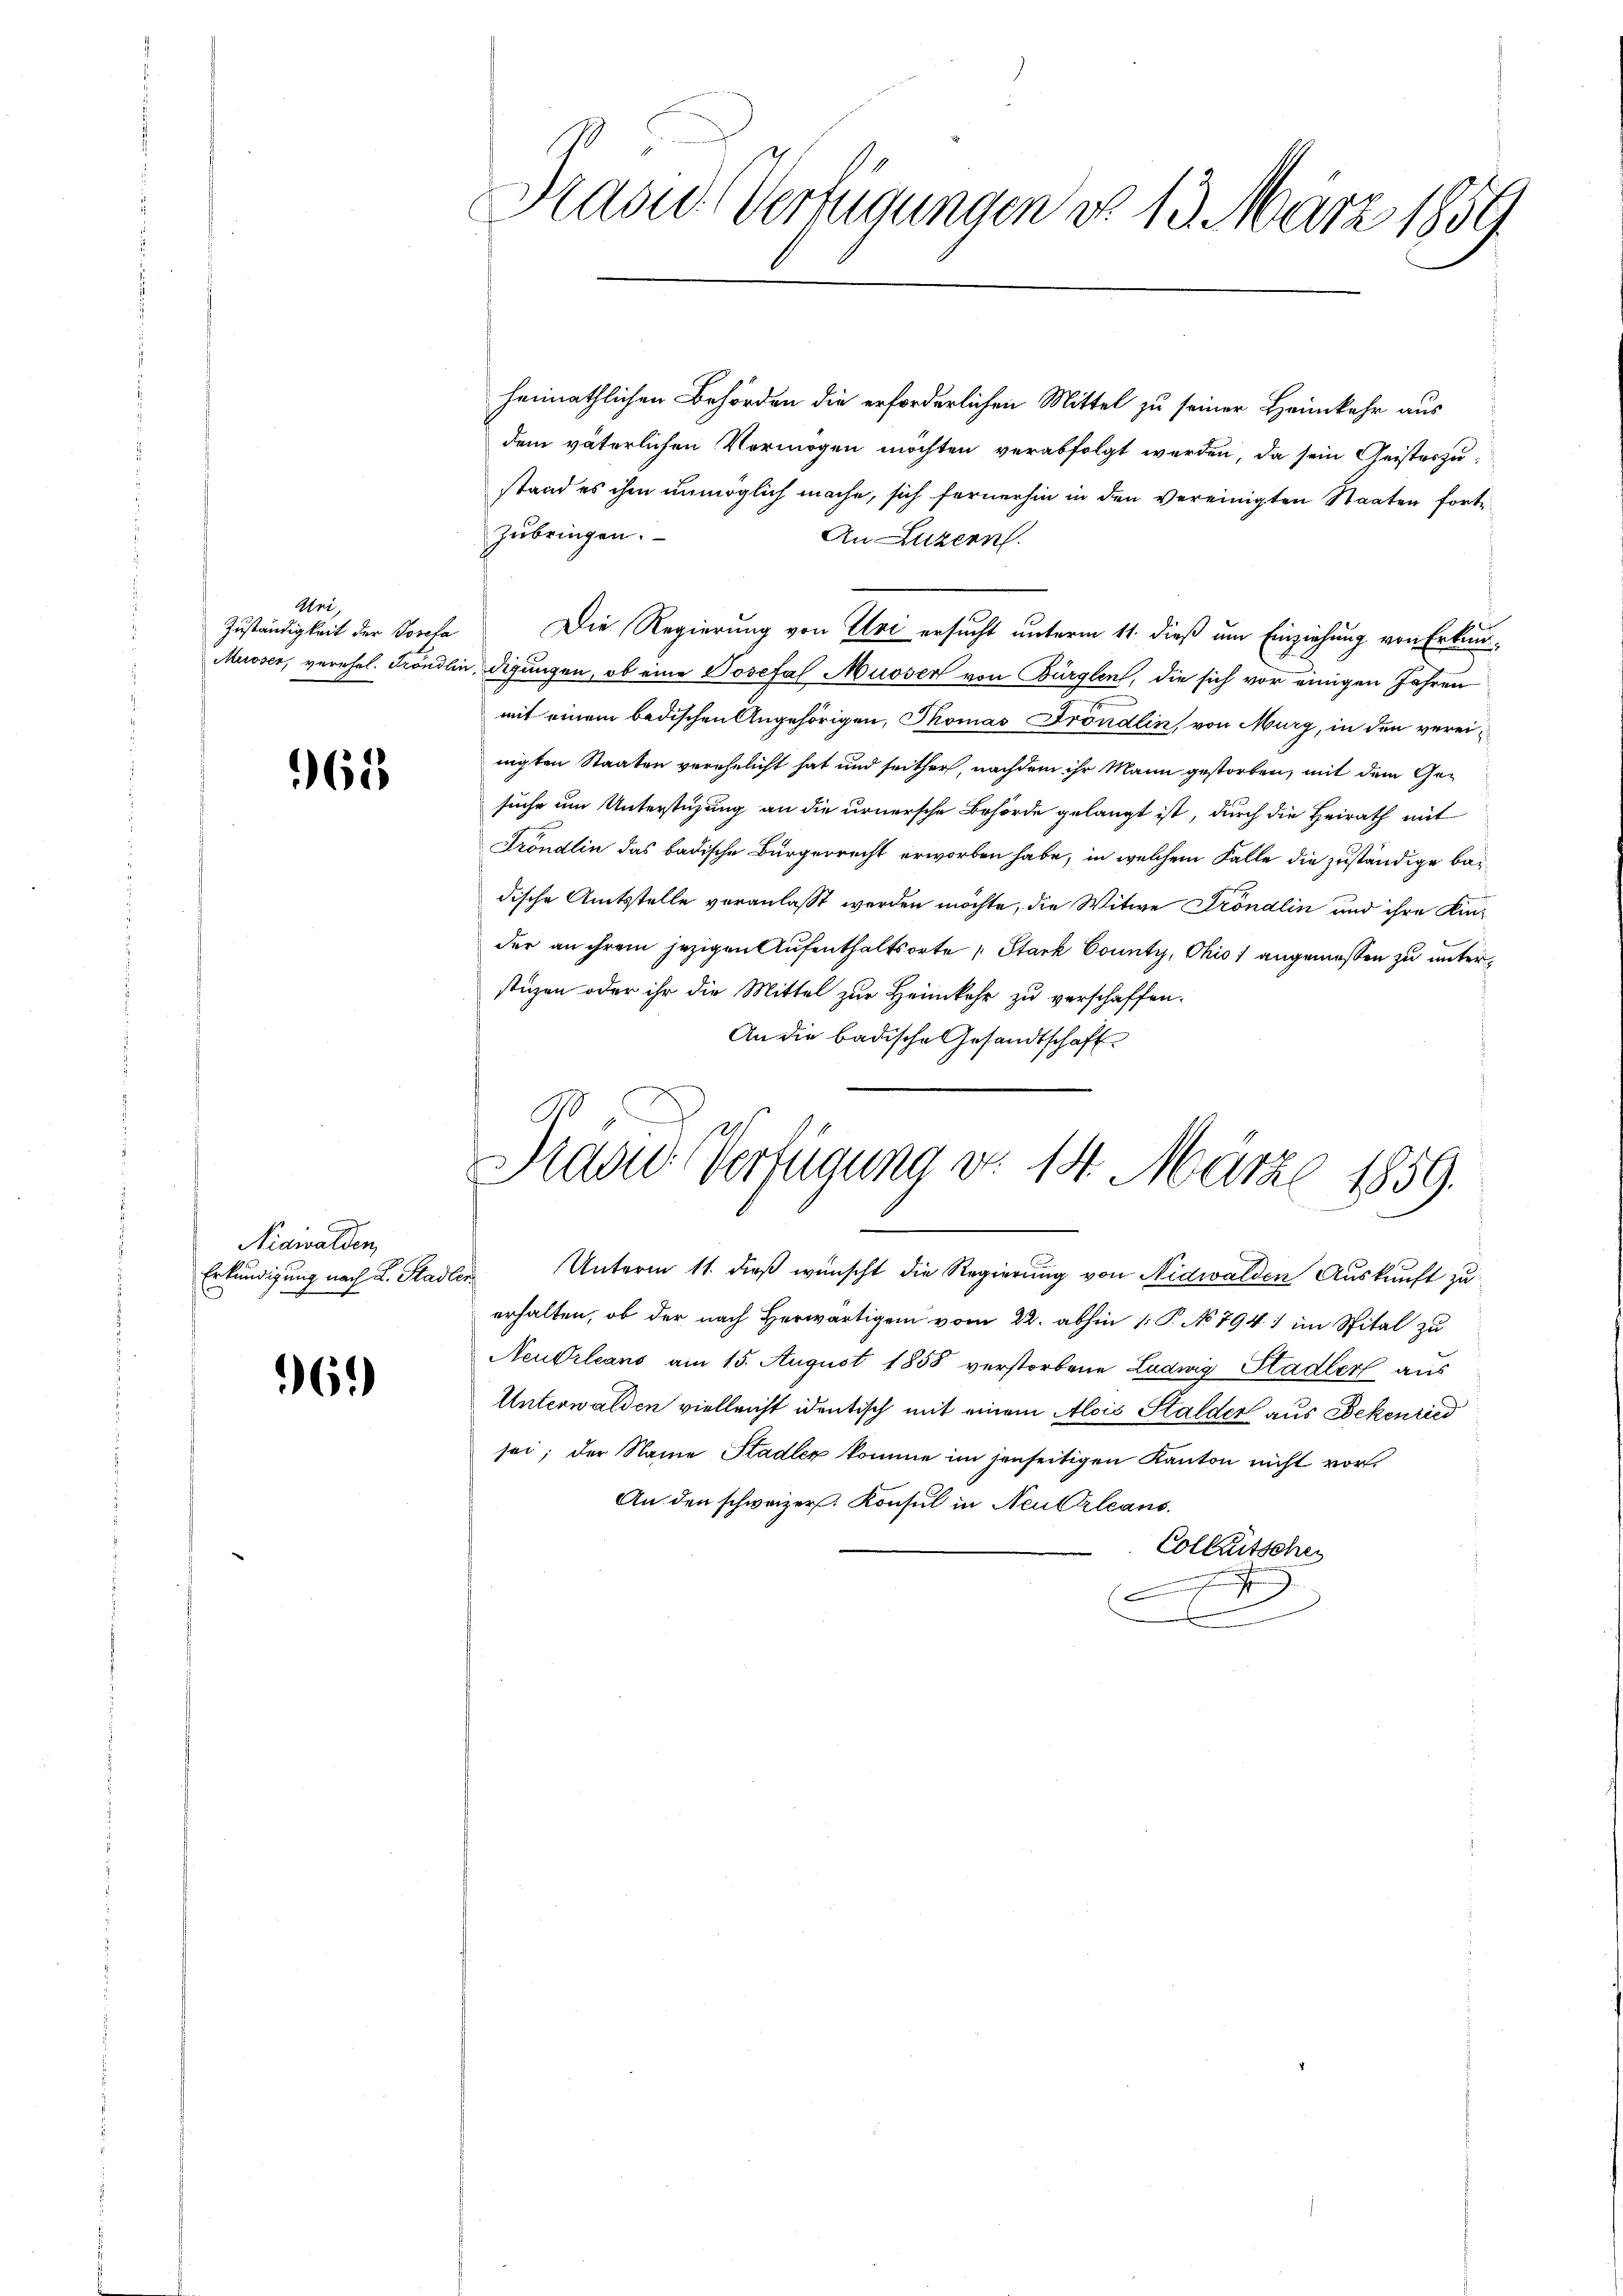
Abri
Zuständigkeit der Poseta

65

Nidwalden,
Erkundigung nach L. Stadler

96.)

Kasid. Vernigungen do 13. März 1859

heimathlichen Behörden die erforderlichen Mittel zu seiner Heimkehr aus
dem väterlichen Vermögen möchten verabfolgt werden, da sein Geisteszustand es ihm unmöglich mache, sich fernerhin in den vereinigten Staaten fortzŭbringen.
An Luzern.
Die Regierung von Uri ersucht unterm 11. dieß um Einziehung von Erkun¬
Musser, verehel. Fröndlin, digungen, ob eine Josefal Musser von Bürglen, die sich vor einigen Jahren
mit einem bedischen Angehörigen, Thomas Fröndlin, von Murg, in den vereinigten Staaten verehelicht hat und seither, nachdem ihr Mann gestorben, mit dem Gesuche um Unterstüzung an die urnersche Behörde gelangt ist, durch die Heirath mit
Tröndlin das badische Bürgerrecht erworben habe, in welchem Falle die zuständige bedische Amtsstelle veranlasst werden möchte, die Witwe Tröndlin und ihre Kinder an ihrem jezigen Aufenthaltsorte „Stark County, Ohio 1 angemessen zu unterstüzen oder ihr die Mittel zur Heimkehr zu verschaffen.
An die badische Gesandtschaft

Pras Verfügung vor 14. März 1859.
.

Neudrleans am 15. August 1858 verstorbene Ludwig Stadler aus
Unterwalden vielleicht identisch mit einem Alois Stalder aus Bekenried
sei; der Name Stadler komme im jenseitigen Kanton nicht vor¬
An den schweizer. Konsul in Neukleans
Colleitschen

.

Unterm 11. dieß wünscht die Regierung von Nidwalden Auskunft zu
erhalten, ob der nach Herwärtigen vom 22. abhin 1. P. No 794 im Spital zu